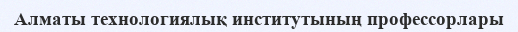
Алматы технологиялық институтының профессорлары